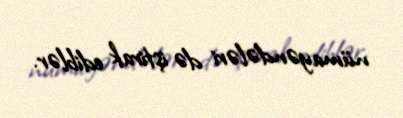
nümayəndələri də iştirak ediblər.